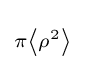
\scriptstyle \pi \left\langle \rho ^{2}\right\rangle